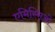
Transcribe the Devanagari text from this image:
एमिस्सिओं